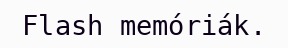
Flash memóriák.